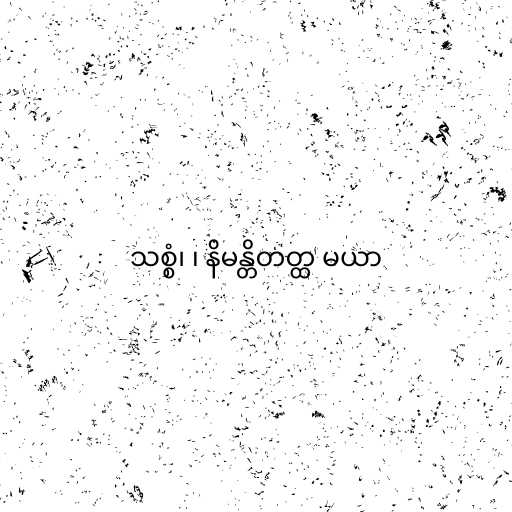
သစ္စံ၊ ၊ နိမန္တိတတ္ထ မယာ